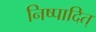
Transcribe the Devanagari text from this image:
निष्पादित्